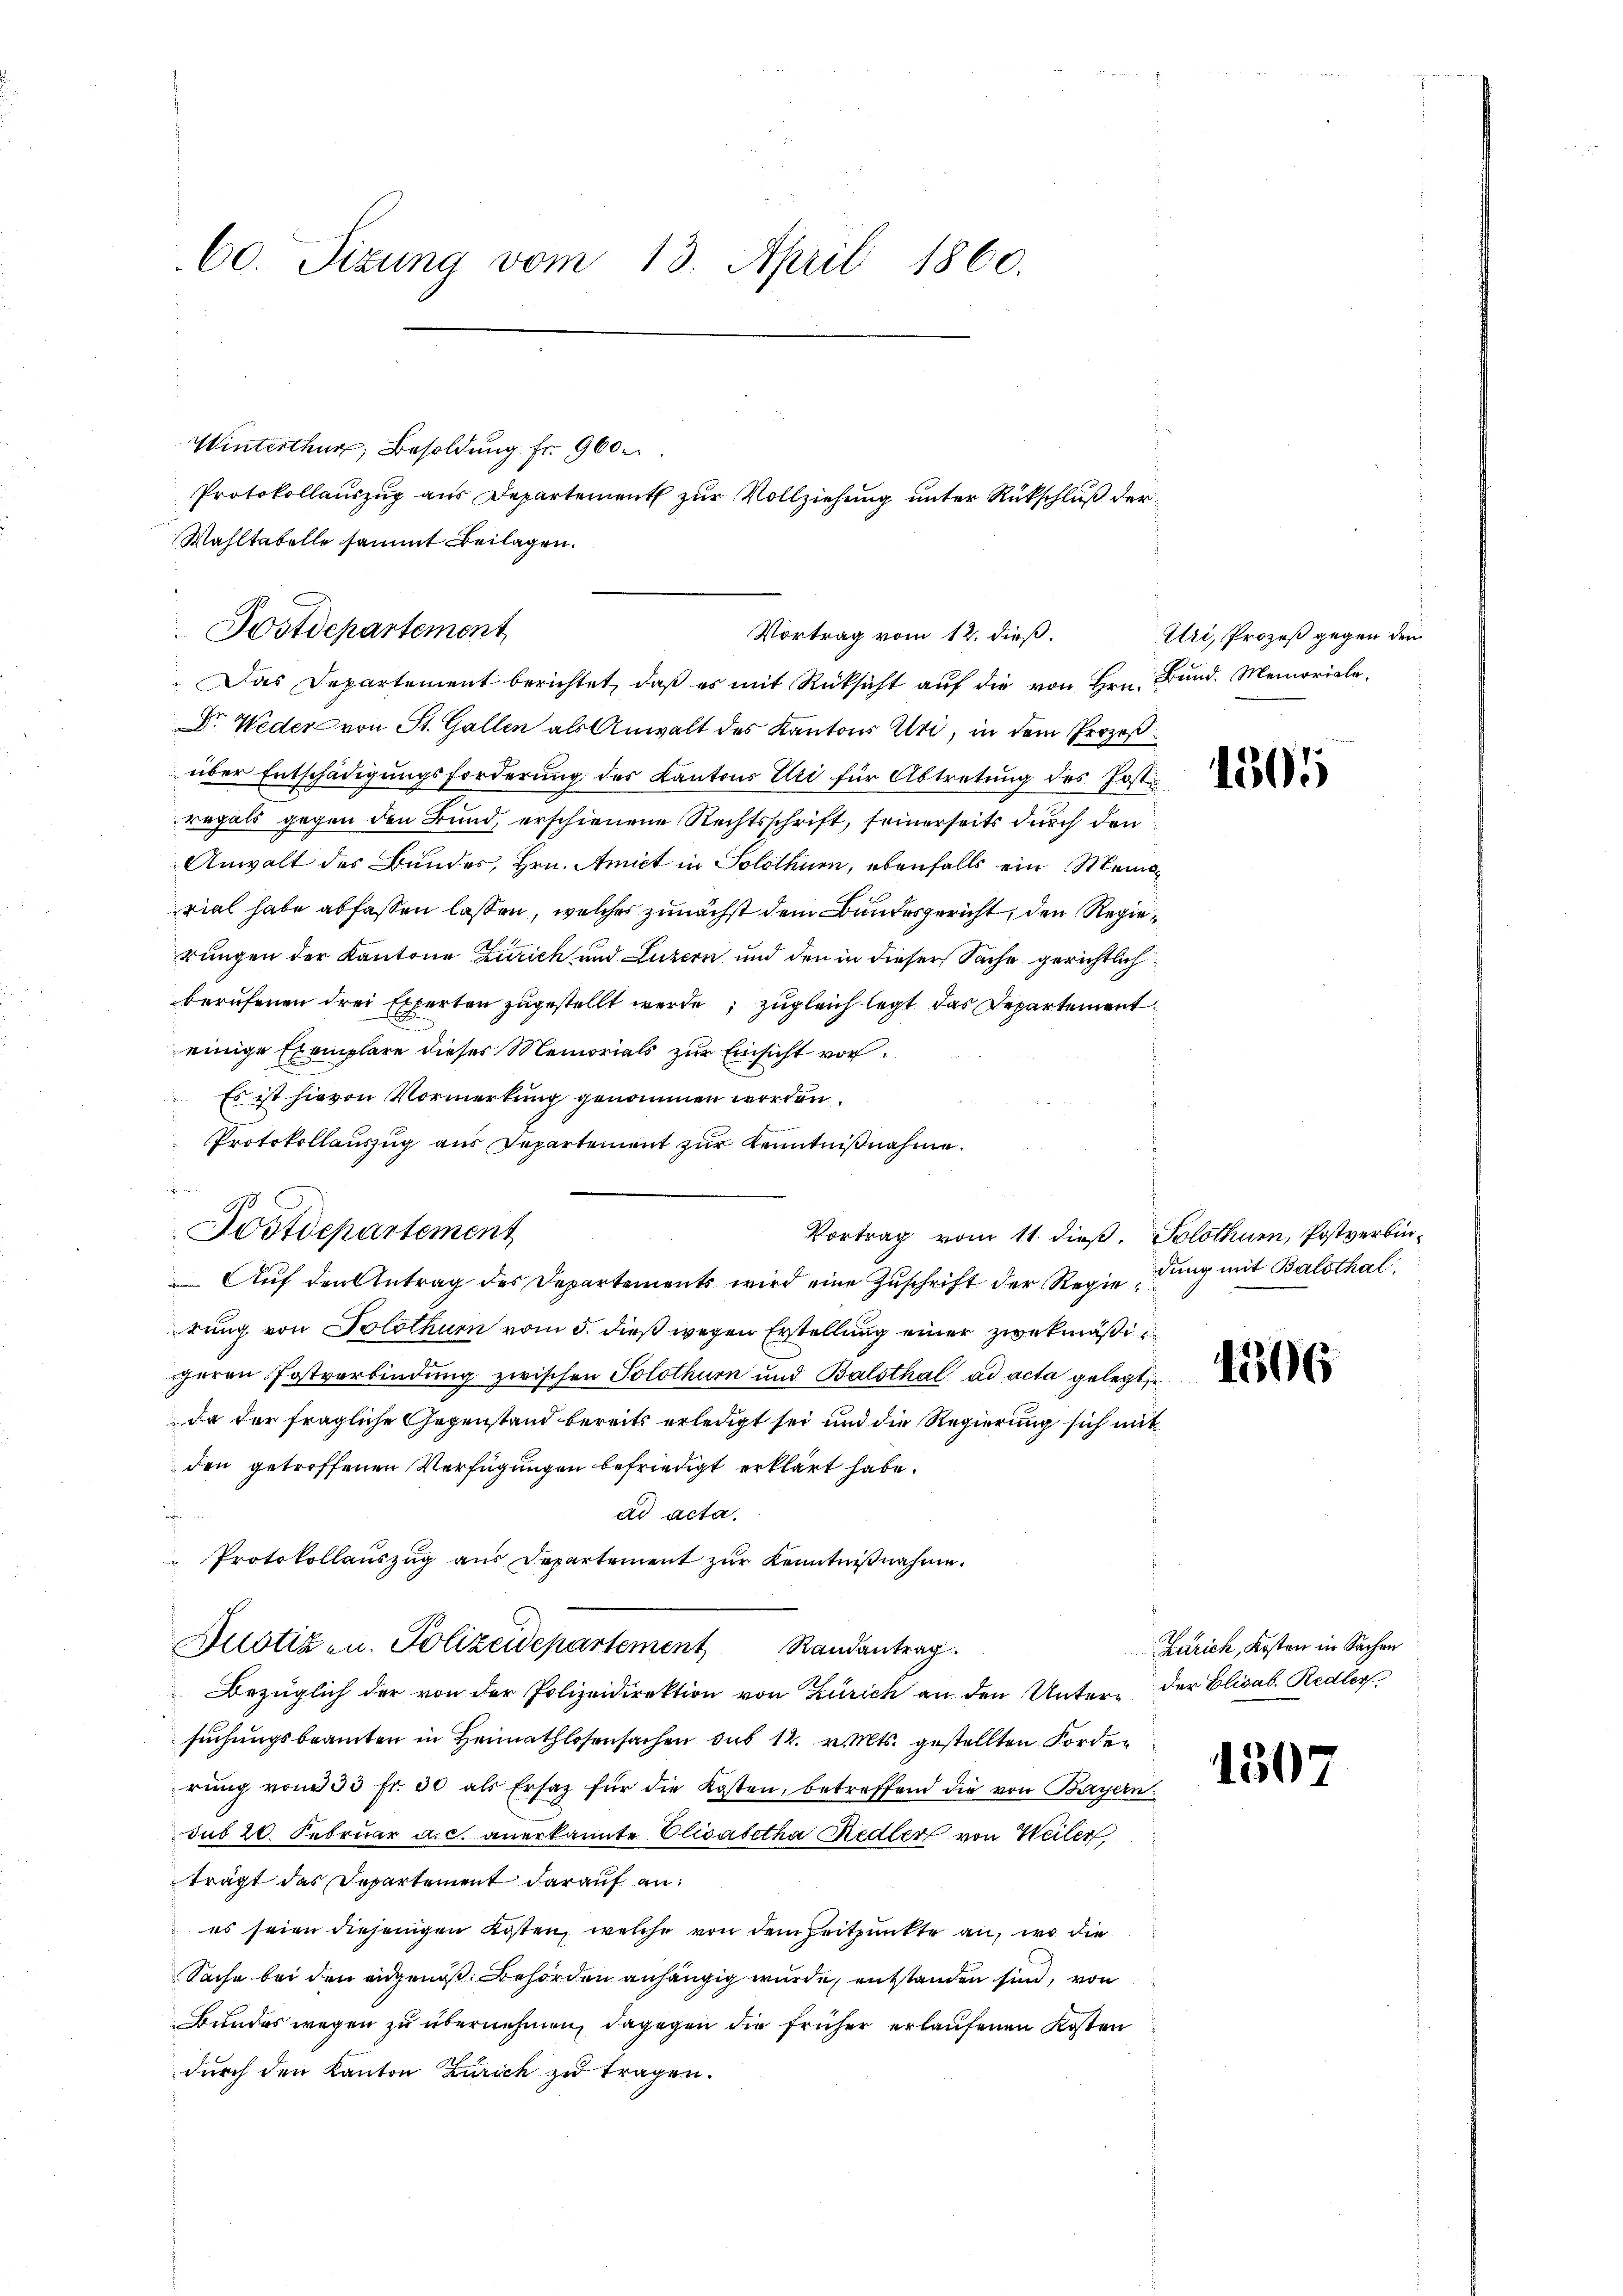
60. Sizung vom 13. April 1860.

Winterthur, Besoldung fr. 900
Wahltabelle sammt Beilagen.
Das Departement berichtet, daß es mit Rücksicht auf die von Hrn. Bund. Memoriale,
Dr. Weder von St. Gallen als Anwalt des Kantons Uri, in dem Prozeßüber Entschädigungsforderung des Kantons Uri für Abtretung des Jost
regals gegen den Bund, erschienene Rechtsschrift, seinerseits durch den
Anwalt des Bundes, Hrn. Amiet in Solothurn, ebenfalls ein Meiviel habe abfassen lassen, welches zunächst dem Bundesgericht, den Regierungen der Kantone Zürich und Luzern und den in dieser Sache gerichtlich
berufenen drei Experten zugestellt werde; zugleich legt das Departementeinige Exemplare dieses Memorials zur Einsicht vor¬
Es ist hievon Vormerkung genommen worden.
Protokollauszug aus Departement zur Kenntnißnahme.
Postdepartement
Auf den Antrag des Departements wird eine Zuschrift der Regierung von Solothurn vom 5. dieß wegen Erstellung einer zwekmäßigeren Postverbindung zwischen Solothurn und Balsthal ad acta gelegt
da der fragliche Gegenstand bereits erledigt sei und die Regierung sich mit
den getroffenen Verfügungen befriedigt erklärt habe.
e
ad acta.
Protokollauszug aus Departement zur Kenntnißnahme.
Justizen. Polizeidepartement Randantrag.
Bezüglich der von der Polizeidirektion von Zürich an den Unter- der Elisab. Redler
suchungsbeamten in Heimathlosensachen sub 14. v. Mts. gestellten Forderŭng vom 33 fr. 30 als Ersatz für die Kosten, betreffend die von Bayern
sub 20. Februar a. c. anerkannte Elisabetha Redter von Weiler
trägt das Departement darauf an:
es seien diejenigen Kosten, welche von dem Zeitpunkte an, wo die
Sache bei den angenoß. Behörden anhängig wurde, entstanden sind, von
Bundes wegen zu übernehmen, dagegen die früher erlaufenen Kosten
durch den Kanton Zürich zu tragen.

Protokollauszug aus Departement zur Vollziehung unter Rückschluß der

Postdepartement
Vortrag vom 12. dieß.

Vortrag vom 11. dieß. Solothurn, Postverbin¬

Uri, Prozeß gegen den

1505

dung mit Balsthal,

1506

Zürich, Kosten in Sachen

1507